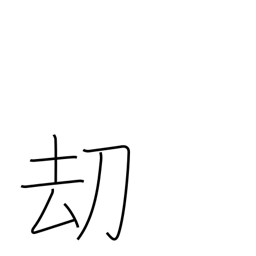
Meaning: threat